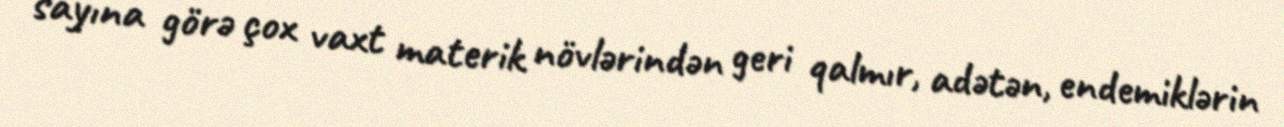
sayına görə çox vaxt materik növlərindən geri qalmır, adətən, endemiklərin